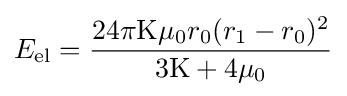
E_{\text{el}}={\frac {24\pi \mathrm {K} \mu _{0}r_{0}(r_{1}-r_{0})^{2}}{3\mathrm {K} +4\mu _{0}}}